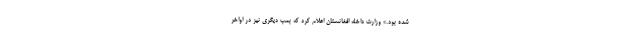
شده بود.» وزارت داخله افغانستان اعلام کرد که بمب دیگری نیز در اواخر